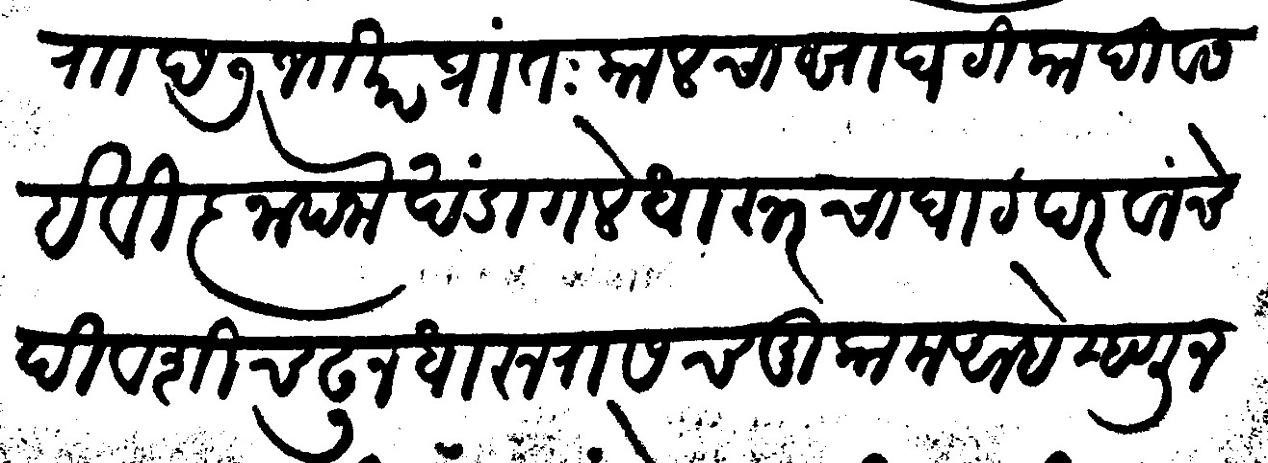
Transliteration (Devanagari): राा छ ७ जाखर प्रांतःकालचा सा घटिका दिवस हे विज्ञापना खंडागले धारूरचा घाट परवांचे दिवशी चढून धारूरासच मुकाम आहे म्हणून